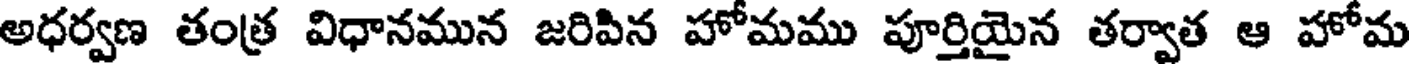
అధర్వణ తంత్ర విధానమున జరిపిన హోమము పూర్తియైన తర్వాత ఆ హోమ